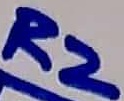
Text: R2